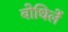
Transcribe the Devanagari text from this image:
बोधिलें